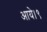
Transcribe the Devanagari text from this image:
आये।९